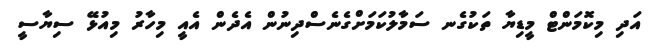
އަދި މިކޮމަންޓް މީޑިޔާ ތަކުގެނ ސަމާލުކަމަށްގެނެސްދިނުން އެދެން އެއީ މިހާރު މިއުޅޭ ސިޔާސީ